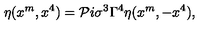
\eta ( x ^ { m } , x ^ { 4 } ) = { \cal P } i \sigma ^ { 3 } \Gamma ^ { 4 } \eta ( x ^ { m } , - x ^ { 4 } ) ,